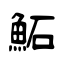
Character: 鮖